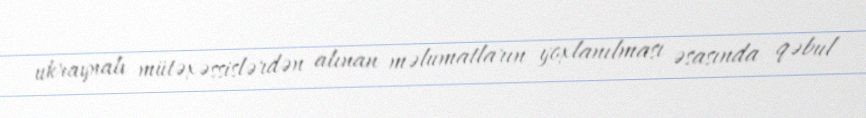
ukraynalı mütəxəssislərdən alınan məlumatların yoxlanılması əsasında qəbul